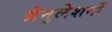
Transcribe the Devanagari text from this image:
ग्रेनुलेशनों